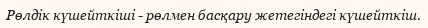
Рөлдік күшейткіші - рөлмен басқару жетегіндегі күшейткіш.